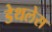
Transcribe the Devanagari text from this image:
डेथलेस